Sanitation, dispensaries and jails vaccination Rajputana 1922-1927 - 1922-1927
Year: 1922
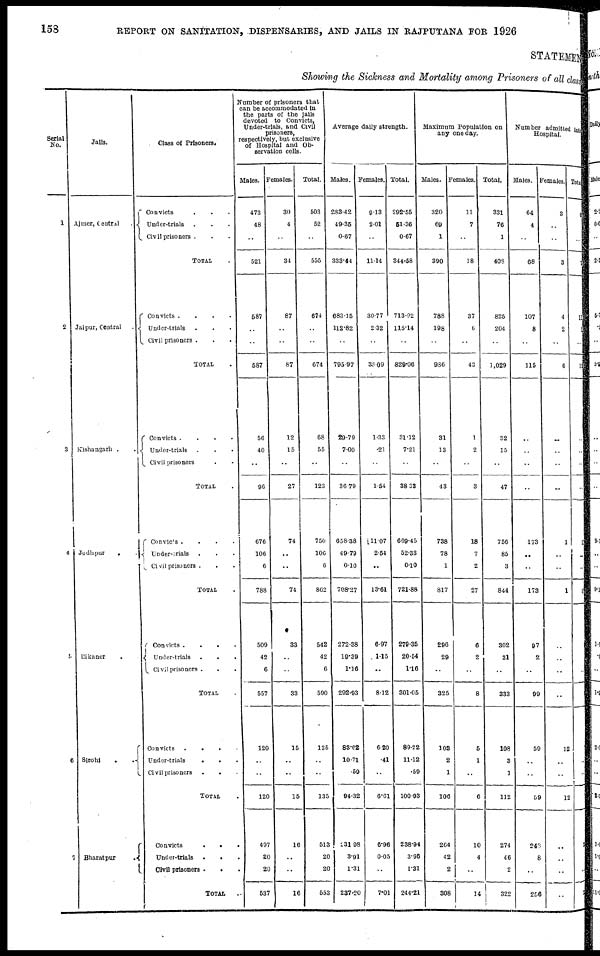
158
REPORT ON SANITATION, DISPENSARIES, AND JAILS IN RAJPUTANA FOR 1926
STATEMENT
Showing the Sickness and Mortality among Prisoners of all class
Serial
No.
1
2
3
4
5
6
7
Jails.
Ajmer, Central . . . .
Jaipur, Central
Kishangarh . .
Jodhpur . .
Bikaner .
Sirohi
.
.
.
Bharatpur
.
Class of Prisoners.
Convicts . . . .
Under-trials . . .
Civil prisoners .
TOTAL .
Convicts
.
.
.
.
Under-trials . . .
Civil prisoners . . .
TOTAL .
Convicts . . .
Under-trials . .
Civil prisoners . .
TOTAL .
Convits .
.
.
Under-srials . .
Civil prisoners . .
TOTAL .
Convicts
.
.
.
.
Under-trials . .
Civil prisoners . .
TOTAL .
Convicts
.
.
.
.
Under-trials . . .
Civil prisoners . . .
TOTAL .
Convicts
.
.
.
Under-trials . . .
Civil prisoners . . .
TOTAL .
Number of prisoners that
can be accommodated in
the parts of the jails
devoted to Convicts,
Under-trials, and Civil
prisoners,
respectively, but exclusive
of Hospital and Ob-
servation cells.
Males.
473
48
..
521
587
..
..
587
56
40
..
96
676
106
6
788
509
42
6
557
120
..
..
120
497
20
20
537
Females.
30
4
..
34
87
..
..
87
12
15
..
27
74
..
..
74
33
..
..
33
15
..
..
15
16
..
..
16
Total.
503
52
..
555
674
..
..
674
68
55
..
123
750
106
6
862
542
42
6
590
135
..
..
135
513
20
20
553
Average daily strength.
Males.
283.42
49.35
0.67
333.44
683.15
112.82
..
795.97
29.79
7.00
..
36.79
658.38
49.79
0.10
708.27
272.38
19.39
1.16
292.93
83.02
10.71
.59
94.32
231.98
3.91
1.31
237.20
Females.
9.13
2.01
..
11.14
30.77
2.32
..
33.09
1.33
.21
..
1.54
11.07
2.54
..
13.61
6.97
1.15
..
8.12
6.20
.41
..
6.61
6.96
0.05
..
7.01
Total.
292.55
51.36
0.67
344.58
713.92
115.14
..
829.06
31.12
7.21
..
38.33
669.45
52.33
0.10
721.88
279.35
20.54
1.16
301.05
89.22
11.12
.59
100.93
238.94
3.96
1.31
244.21
Maximum Population on
any one day.
Males.
320
69
1
390
788
198
..
986
31
13
..
43
738
78
1
817
296
29
..
325
103
2
1
106
264
42
2
308
Females.
11
7
..
18
37
6
..
43
1
2
..
3
18
7
2
27
6
2
..
8
5
1
..
6
10
4
..
14
Total.
331
76
1
408
825
204
..
1,029
32
15
..
47
756
85
3
844
302
31
..
333
108
3
1
112
274
46
2
322
Number admitted into
Hospital.
Males.
64
4
..
68
107
8
..
115
..
..
..
..
173
..
..
173
97
2
..
99
59
..
..
59
248
8
..
256
Females.
3
..
..
3
4
2
..
6
..
..
..
..
1
..
..
1
..
..
..
..
12
..
..
12
..
..
..
..
Total.
6
..
..
7
11
1
..
12
..
..
..
..
1
..
..
1
..
..
..
..
..
..
..
..
2
..
..
2